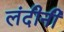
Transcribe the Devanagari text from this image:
लंदीनी